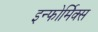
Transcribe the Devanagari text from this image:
इन्फोर्मिक्स